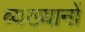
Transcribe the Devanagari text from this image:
व्यख्यानों